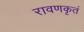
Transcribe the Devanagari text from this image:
रावणकृतं